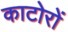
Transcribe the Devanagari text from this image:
काटोरों